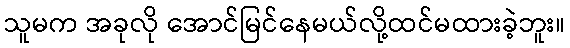
သူမက အခုလို အောင်မြင်နေမယ်လို့ထင်မထားခဲ့ဘူး။